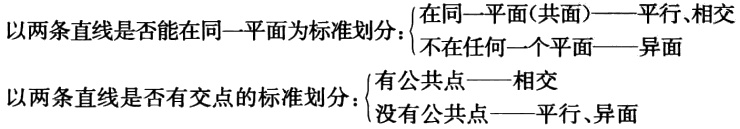
以两条直线是否能在同一平面为标准划分：$\begin{cases}在同一平面(共面)——平行、相交\\不在任何一个平面——异面\end{cases}$
以两条直线是否有交点的标准划分：$\begin{cases}有公共点——相交\\没有公共点——平行、异面\end{cases}$